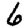
Digit: 6